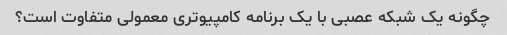
چگونه یک شبکه عصبی با یک برنامه کامپیوتری معمولی متفاوت است؟